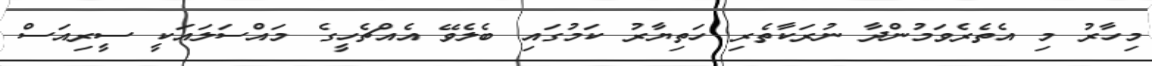
މިހާރު މި އެތެރެވަމުންދާ ނުރަކާތެރި ހަތިޔާރު ކަމުގައި ބެލެވޭ އެއްޗެހީގެ މައްސަލައަކީ ސީރިއަސް